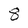
Character: 8